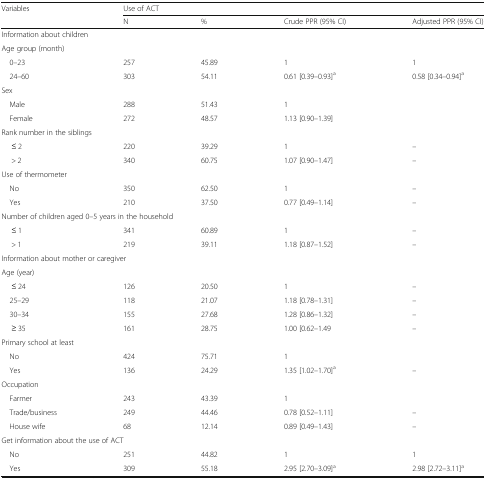
<table><thead><tr><td><b>Variables</b></td><td colspan="4"><b>Use of ACT</b></td></tr><tr><td></td><td><b>N</b></td><td><b>%</b></td><td><b>Crude PPR (95% CI)</b></td><td><b>Adjusted PPR (95% CI)</b></td></tr></thead><tbody><tr><td colspan="5">Information about children</td></tr><tr><td colspan="5">Age group (month)</td></tr><tr><td> 0–23</td><td>257</td><td>45.89</td><td>1</td><td>1</td></tr><tr><td> 24–60</td><td>303</td><td>54.11</td><td>0.61 [0.39–0.93]<sup>a</sup></td><td>0.58 [0.34–0.94]<sup>a</sup></td></tr><tr><td colspan="5">Sex</td></tr><tr><td> Male</td><td>288</td><td>51.43</td><td>1</td><td></td></tr><tr><td> Female</td><td>272</td><td>48.57</td><td>1.13 [0.90–1.39]</td><td></td></tr><tr><td colspan="5">Rank number in the siblings</td></tr><tr><td>≤ 2</td><td>220</td><td>39.29</td><td>1</td><td>–</td></tr><tr><td>&gt; 2</td><td>340</td><td>60.75</td><td>1.07 [0.90–1.47]</td><td>–</td></tr><tr><td colspan="5">Use of thermometer</td></tr><tr><td> No</td><td>350</td><td>62.50</td><td>1</td><td>–</td></tr><tr><td> Yes</td><td>210</td><td>37.50</td><td>0.77 [0.49–1.14]</td><td>–</td></tr><tr><td colspan="5">Number of children aged 0–5 years in the household</td></tr><tr><td>≤ 1</td><td>341</td><td>60.89</td><td>1</td><td>–</td></tr><tr><td>&gt; 1</td><td>219</td><td>39.11</td><td>1.18 [0.87–1.52]</td><td>–</td></tr><tr><td colspan="5">Information about mother or caregiver</td></tr><tr><td colspan="5">Age (year)</td></tr><tr><td>≤ 24</td><td>126</td><td>20.50</td><td>1</td><td>–</td></tr><tr><td> 25–29</td><td>118</td><td>21.07</td><td>1.18 [0.78–1.31]</td><td>–</td></tr><tr><td> 30–34</td><td>155</td><td>27.68</td><td>1.28 [0.86–1.32]</td><td>–</td></tr><tr><td>≥ 35</td><td>161</td><td>28.75</td><td>1.00 [0.62–1.49</td><td>–</td></tr><tr><td colspan="5">Primary school at least</td></tr><tr><td> No</td><td>424</td><td>75.71</td><td>1</td><td></td></tr><tr><td> Yes</td><td>136</td><td>24.29</td><td>1.35 [1.02–1.70]<sup>a</sup></td><td>–</td></tr><tr><td colspan="5">Occupation</td></tr><tr><td> Farmer</td><td>243</td><td>43.39</td><td>1</td><td></td></tr><tr><td> Trade/business</td><td>249</td><td>44.46</td><td>0.78 [0.52–1.11]</td><td>–</td></tr><tr><td> House wife</td><td>68</td><td>12.14</td><td>0.89 [0.49–1.43]</td><td>–</td></tr><tr><td colspan="5">Get information about the use of ACT</td></tr><tr><td> No</td><td>251</td><td>44.82</td><td>1</td><td>1</td></tr><tr><td> Yes</td><td>309</td><td>55.18</td><td>2.95 [2.70–3.09]<sup>a</sup></td><td>2.98 [2.72–3.11]<sup>a</sup></td></tr></tbody></table>